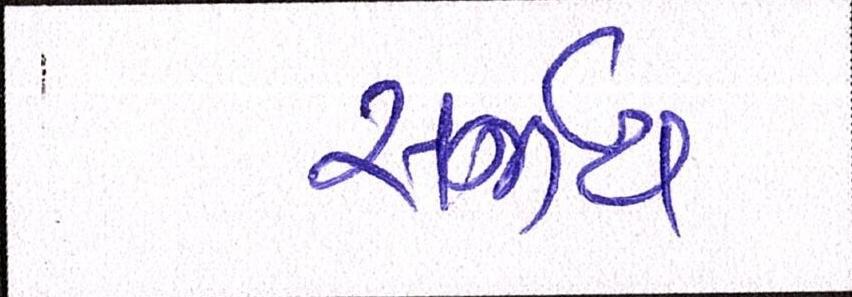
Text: સર્જાય